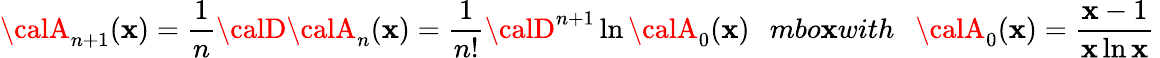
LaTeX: {\calA}_{n+1}(\mathbf{x})=\frac{{1}}{{n}}{\calD}{\calA}_{n}(\mathbf{x})=\frac{{1}}{{n!}}{\calD}^{n+1}\ln{\calA}_{0}(\mathbf{x})\; \; \, mbo\mathbf{x}{with}\ \ \ {\calA}_{0}(\mathbf{x})=\frac{{\mathbf{x}-1}}{{\mathbf{x}\ln\mathbf{x}}}\,